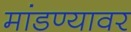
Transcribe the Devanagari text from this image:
मांडण्यावर